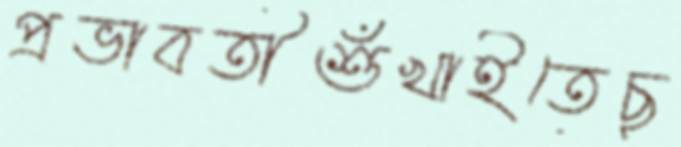
প্রভাবতীশুঁখাইতেছ